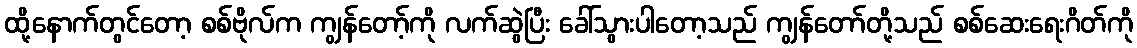
ထို့နောက်တွင်တော့ စစ်ဗိုလ်က ကျွန်တော့်ကို လက်ဆွဲပြီး ခေါ်သွားပါတော့သည် ကျွန်တော်တို့သည် စစ်ဆေးရေးဂိတ်ကို